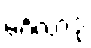
မင်္ဂလာဒုံ